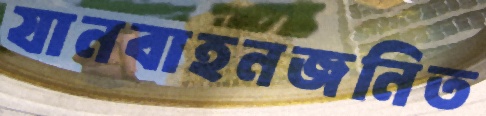
যানবাহনজনিত